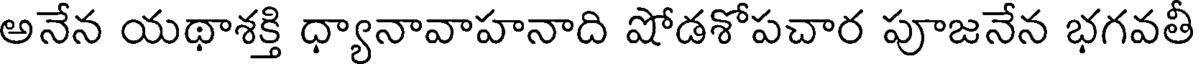
అనేన యథాశక్తి ధ్యానావాహనాది షోడశోపచార పూజనేన భగవతీ